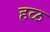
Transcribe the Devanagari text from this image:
हळ